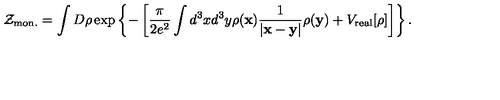
{ \cal Z } _ { \mathrm { m o n . } } = \int D \rho \exp \left\{ - \left[ \frac { \pi } { 2 e ^ { 2 } } \int d ^ { 3 } x d ^ { 3 } y \rho ( { \bf x } ) \frac { 1 } { | { \bf x } - { \bf y } | } \rho ( { \bf y } ) + V _ { \mathrm { r e a l } } [ \rho ] \right] \right\} .